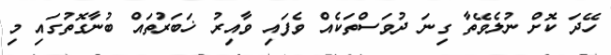
ހޭދަ ކޮށް ނުލެވޭތާ ގިނަ ދުވަސްތަކެއް ވެފައި ވާއިރު ޚަބަރުތައް ބުނާގޮތުގައި މި